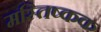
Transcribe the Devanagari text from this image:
मस्तिष्कक